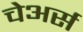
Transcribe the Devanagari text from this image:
चेअर्स